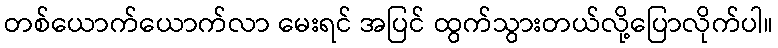
တစ်ယောက်ယောက်လာ မေးရင် အပြင် ထွက်သွားတယ်လို့ပြောလိုက်ပါ။